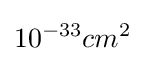
10^{-33}cm^{2}